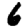
Digit: 6